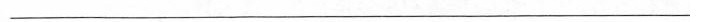
_________